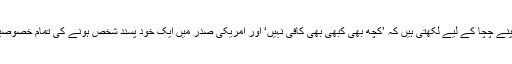
میری ٹرمپ اپنے چچا کے لیے لکھتی ہیں کہ ’کچھ بھی کبھی بھی کافی نہیں‘ اور امریکی صدر میں ایک خود پسند شخص ہونے کی تمام خصوصیات ظاہر ہیں۔